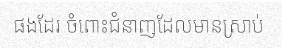
ផងដែរ ចំពោះជំនាញដែលមានស្រាប់